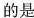
的是